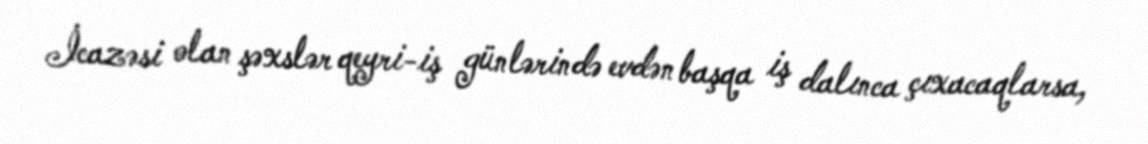
İcazəsi olan şəxslər qeyri-iş günlərində evdən başqa iş dalınca çıxacaqlarsa,